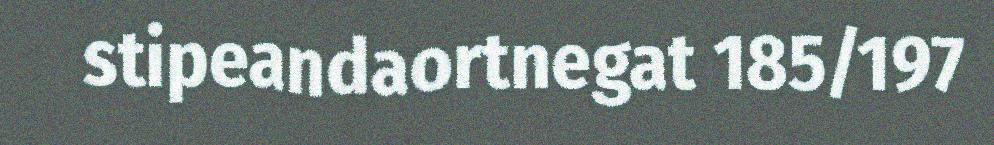
stipeandaortnegat 185/197